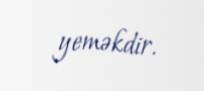
yeməkdir.